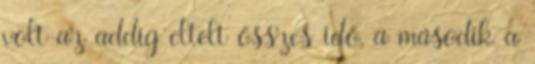
volt az addig eltelt összes idő, a második a